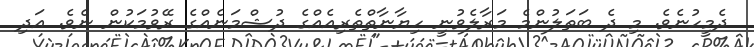
ދެމީހުނެވެ. މި ދެ ބަތަލުންމެ މަރާލެވުނީ ހިޔާނާތްތެރިއެއްގެ ދުޝްމަނެއްގެ ރޭވުމަކުން ނެވެ. އަދި